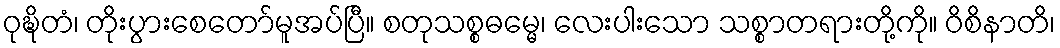
ဝုဍ္ဎိတံ၊ တိုးပွားစေတော်မူအပ်ပြီ။ စတုသစ္စဓမ္မေ၊ လေးပါးသော သစ္စာတရားတို့ကို။ ဝိစိနာတိ၊